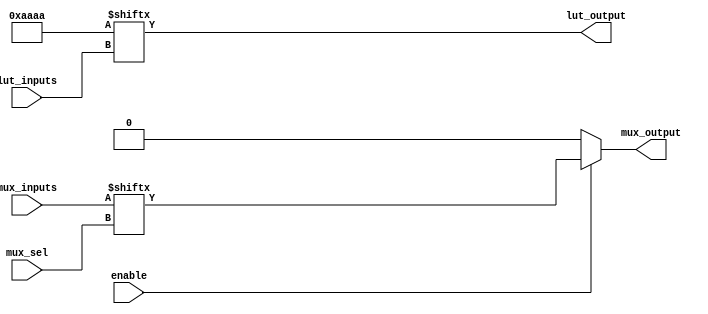
module combinational_logic_block (
    input wire [3:0] lut_inputs,     // Inputs for the LUT
    input wire [1:0] mux_sel,        // Select lines for the multiplexer
    input wire [3:0] mux_inputs,     // Inputs for the multiplexer
    input wire enable,                // Enable signal
    output wire lut_output,           // Output from the LUT
    output wire mux_output            // Output from the multiplexer
);
    // LUT configuration: You can configure the LUT truth table here.
    reg [15:0] lut_memory; // 16 possible values for 4-input LUT
    assign lut_output = lut_memory[lut_inputs]; // LUT output

    // Multiplexer: Selects between multiple logic inputs
    assign mux_output = (enable) ? mux_inputs[mux_sel] : 1'b0; // Output based on multiplexer's select line

    // Example LUT initialization (you can customize it)
    initial begin
        lut_memory = 16'b1010101010101010; // Example truth table (replace with desired configuration)
    end
endmodule